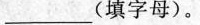
__(填字母)。